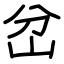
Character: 岔